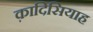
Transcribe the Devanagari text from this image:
क़ादिसियाह